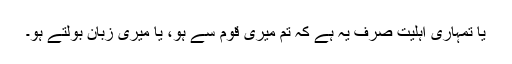
یا تمہاری اہلیت صرف یہ ہے کہ تم میری قوم سے ہو، یا میری زبان بولتے ہو۔